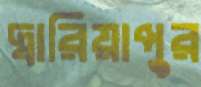
দ্বারিয়াপুর